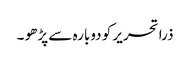
ذرا تحریر کو دوبارہ سے پڑھو ۔